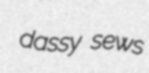
dassy sews